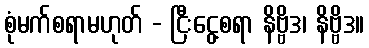
စုံမက်စရာမဟုတ် - ငြီးငွေ့စရာ နိဗ္ဗိဒ၊ နိဗ္ဗိဒ။